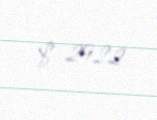
$ 2922